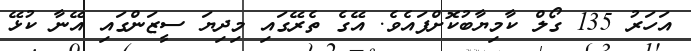
އަހަރު 135 ގޯލް ކާމިޔާބުކޮށްފައެވެ. އޭގެ ތެރޭގައި މިދިޔަ ސީޒަންގައި އޭނާ ކުޅޭ